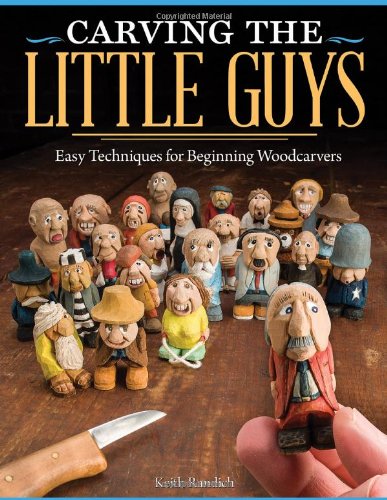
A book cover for Carving the Little Guys: Easy Techniques for Beginning Woodcarvers; Keith Randich; Crafts, Hobbies & Home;